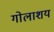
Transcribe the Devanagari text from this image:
गोलाशय